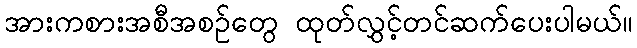
အားကစားအစီအစဉ်တွေ ထုတ်လွှင့်တင်ဆက်ပေးပါမယ်။